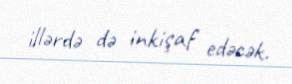
illərdə də inkişaf edəcək.